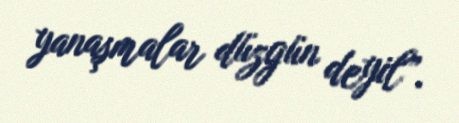
yanaşmalar düzgün deyil”.